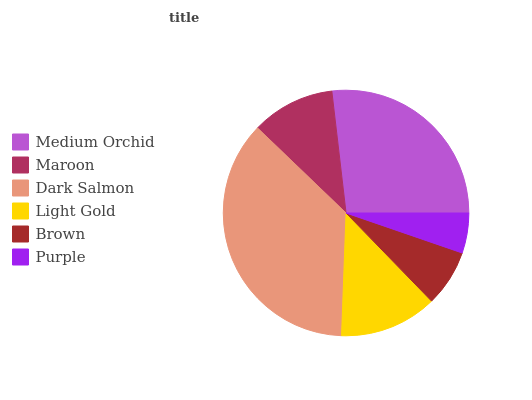
| Medium Orchid | Maroon | Dark Salmon | Light Gold | Brown | Purple |
 | --- | --- | --- | --- | --- | --- |
 | 26.9% | 11% | 36.6% | 12.8% | 7.46% | 5.26% |